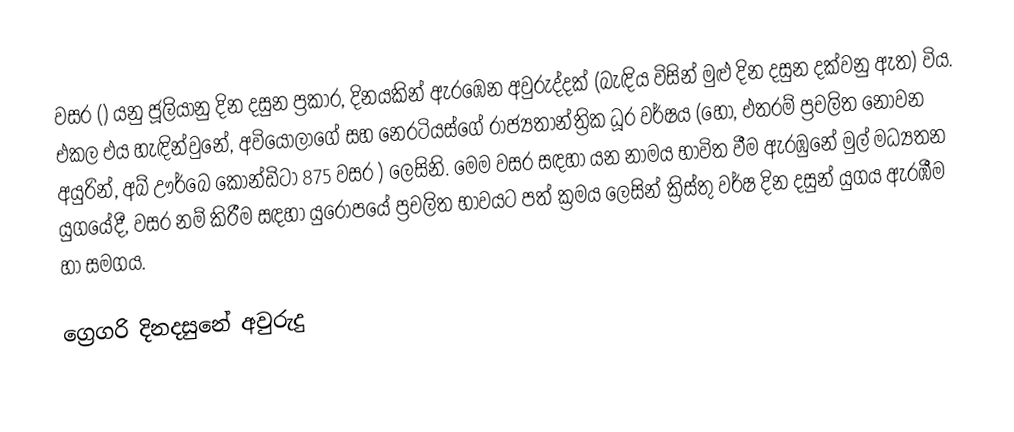

වසර   () යනු  ජූලියානු දින දසුන ප්‍රකාර,    දිනයකින් ඇරඹෙන  අවුරුද්දක්   (බැඳිය විසින් මුළු දින දසුන දක්වනු ඇත)  විය. එකල එය හැඳින්වුනේ, 	අවියෝලාගේ	 සහ 	නෙරටියස්ගේ	  රාජ්‍යතාන්ත්‍රික  ධූර වර්ෂය  (හෝ, එතරම් ප්‍රචලිත නොවන අයුරින්,  අබ් ඌර්බෙ කෝන්ඩිටා 	875	  වසර  ) ලෙසිනි. මෙම වසර සඳහා   යන නාමය භාවිත වීම ඇරඹුනේ මුල් මධ්‍යතන යුගයේදී, වසර නම් කිරීම සඳහා යුරෝපයේ ප්‍රචලිත භාවයට පත් ක්‍රමය ලෙසින් ක්‍රිස්තු වර්ෂ දින දසුන් යුගය ඇරඹීම හා සමගය.

ග්‍රෙගරි දිනදසුනේ අවුරුදු